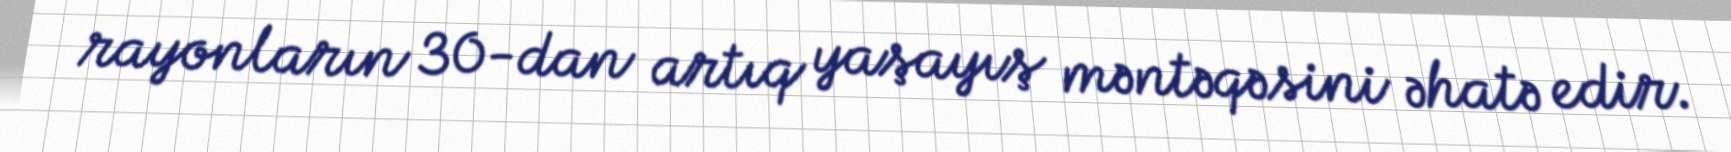
rayonların 30-dan artıq yaşayış məntəqəsini əhatə edir.